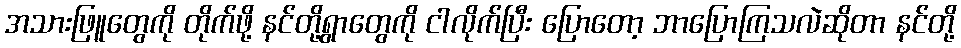
အသားဖြူတွေကို တိုက်ဖို့ နင်တို့ရွာတွေကို ငါလိုက်ပြီး ပြောတော့ ဘာပြောကြသလဲဆိုတာ နင်တို့